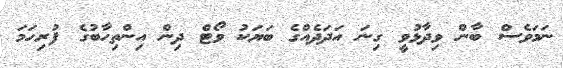
ނަމަވެސް ބާން ވިދާޅުވީ ގިނަ އަދަދެއްގެ ބަޔަކު ވޯޓް ދިން އިންތިހާބުގެ ފުރިހަމަ